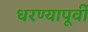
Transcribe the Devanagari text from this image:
धरण्यापूर्वी